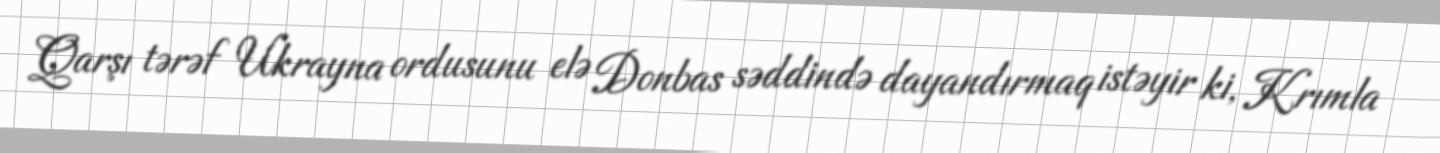
Qarşı tərəf Ukrayna ordusunu elə Donbas səddində dayandırmaq istəyir ki, Krımla